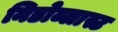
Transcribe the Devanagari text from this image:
निडोब्लास्ट